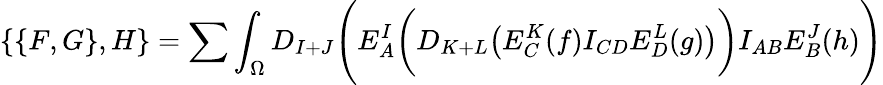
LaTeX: \{ \{ F,G\} ,H\} =\sum\int_{\Omega}D_{I+J}\Biggl(E_{A}^{I}\biggl(D_{K+L}\bigl(E_{C}^{K}(f)I_{CD}E_{D}^{L}(g)\bigr)\biggr)I_{AB}E_{B}^{J}(h)\Biggr)